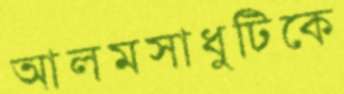
আলমসাধুটিকে